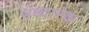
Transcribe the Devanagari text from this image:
उध्दारक